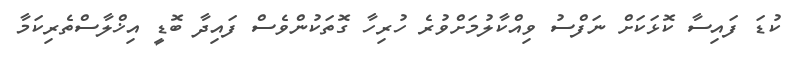
ކުޑަ ފައިސާ ކޮޅަކަށް ނަފްސު ވިއްކާލުމަށްވުރެ ހުރިހާ ގޮތަކުންވެސް ފައިދާ ބޮޑީ އިޚްލާސްތެރިކަމާ